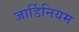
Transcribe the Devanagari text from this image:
जार्डिनियम